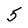
Character: 5